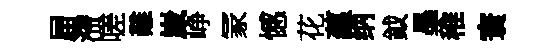
屇滯嗟難嵗峥冡憾花蘊纳鉞墨稚寰